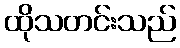
ထိုသတင်းသည်